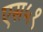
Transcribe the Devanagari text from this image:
एस५१